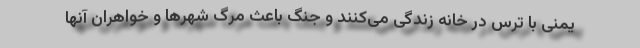
یمنی با ترس در خانه زندگی می‌کنند و جنگ باعث مرگ شهرها و خواهران آنها